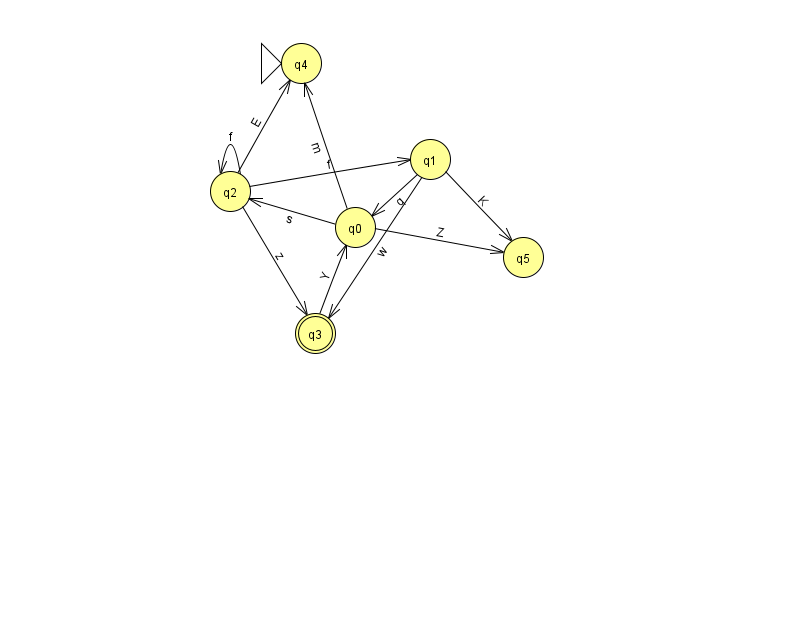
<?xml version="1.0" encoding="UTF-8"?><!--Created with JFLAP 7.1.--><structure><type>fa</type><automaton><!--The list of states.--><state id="0" name="q0"><x>355.0</x><y>214.0</y></state><state id="1" name="q1"><x>430.0</x><y>146.0</y></state><state id="2" name="q2"><x>230.0</x><y>178.0</y></state><state id="3" name="q3"><x>315.0</x><y>320.0</y><final/></state><state id="4" name="q4"><x>301.0</x><y>50.0</y><initial/></state><state id="5" name="q5"><x>523.0</x><y>244.0</y></state><!--The list of transitions.--><transition><from>3</from><to>0</to><read>Y</read></transition><transition><from>1</from><to>5</to><read>K</read></transition><transition><from>2</from><to>1</to><read>f</read></transition><transition><from>0</from><to>2</to><read>s</read></transition><transition><from>1</from><to>0</to><read>q</read></transition><transition><from>2</from><to>3</to><read>z</read></transition><transition><from>0</from><to>5</to><read>Z</read></transition><transition><from>2</from><to>2</to><read>f</read></transition><transition><from>2</from><to>4</to><read>E</read></transition><transition><from>0</from><to>4</to><read>m</read></transition><transition><from>1</from><to>3</to><read>w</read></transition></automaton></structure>